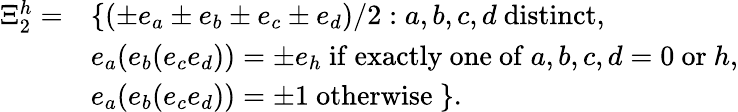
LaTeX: \begin{array}{cl}{{\Xi_{2}^{h}=}}&{{\{ (\pm e_{a}\pm e_{b}\pm e_{c}\pm e_{d})/2:a,b,c,d\mathrm{~distinct},}}\\ {{}}&{{e_{a}(e_{b}(e_{c}e_{d}))=\pm e_{h}\mathrm{~if~exactly~one~of~}a,b,c,d=0\mathrm{~or~}h,}}\\ {{}}&{{e_{a}(e_{b}(e_{c}e_{d}))=\pm 1\mathrm{~otherwise~}\} .}}\end{array}